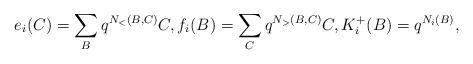
LaTeX: \begin{align*}e_i(C) = \sum_B q^{N_<(B,C)}C, f_i(B) = \sum_{C} q^{N_>(B,C)}C, K^{+}_i(B)=q^{N_i(B)},\end{align*}